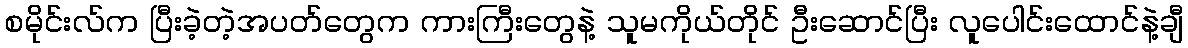
စမိုင်းလ်က ပြီးခဲ့တဲ့အပတ်တွေက ကားကြီးတွေနဲ့ သူမကိုယ်တိုင် ဦးဆောင်ပြီး လူပေါင်းထောင်နဲ့ချီ